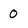
Character: 0